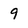
Character: 9